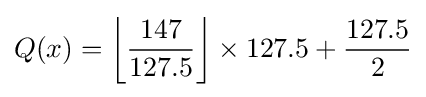
Q(x)=\left\lfloor {\frac {147}{127.5}}\right\rfloor \times 127.5+{\frac {127.5}{2}}